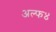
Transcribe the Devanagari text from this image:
अल्फ४